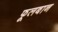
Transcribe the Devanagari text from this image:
फूलबान